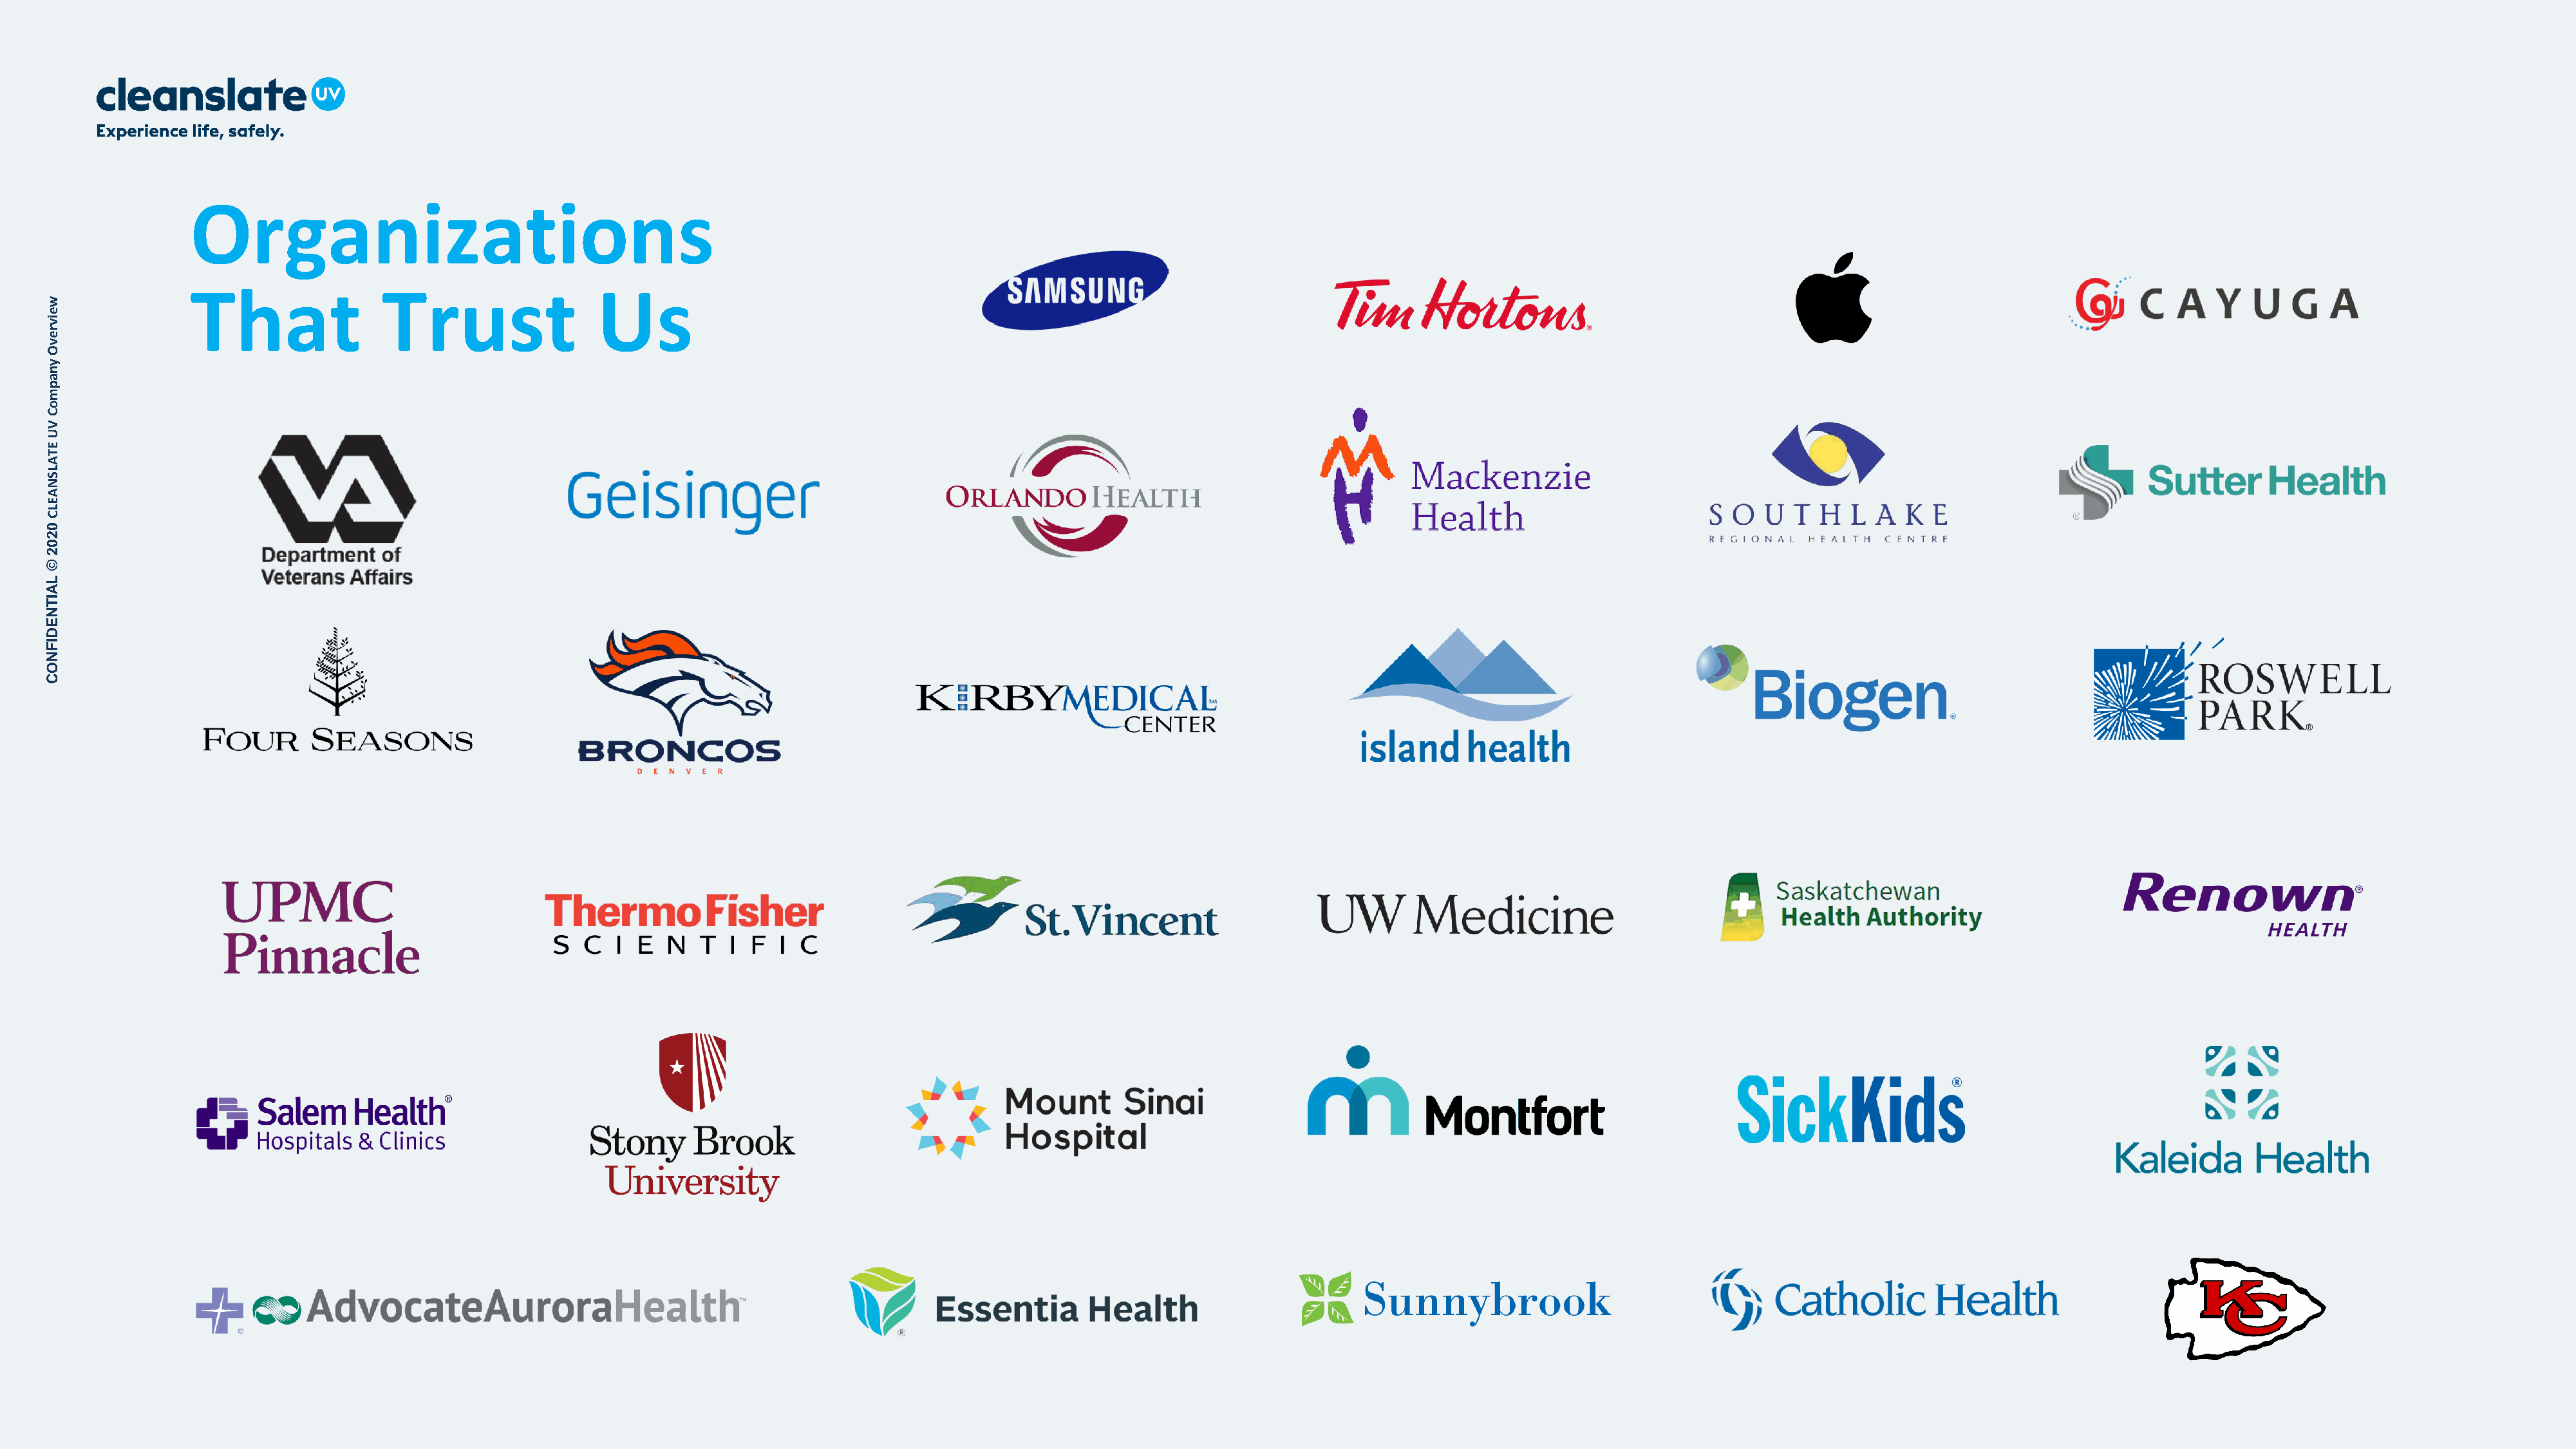
Organizations
 That               Trust                 Us
 w
 e
 iv
 r
 e
 v
 O
 y
 n
 a
 p
 m
 o
 C
 V
 U
 E
 T
 A
 L
 S
 N
 A
 E
 L
 C
 0
 2
 0
 2
 ©
 L
 A
 IT
 N
 E
 D
 I
 F
 N
 O
 C